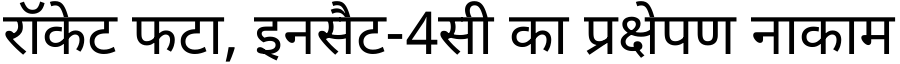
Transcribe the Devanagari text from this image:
रॉकेट फटा, इनसैट-4सी का प्रक्षेपण नाकाम